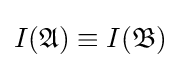
I({\mathfrak {A}})\equiv I({\mathfrak {B}})